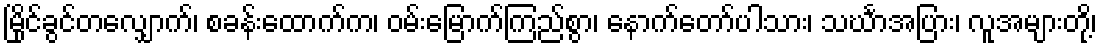
မြိုင်ခွင်တလျှောက်၊ စခန်းထောက်က၊ ဝမ်းမြောက်ကြည်စွာ၊ နောက်တော်ပါသား၊ သင်္ဃာအပြား၊ လူအများတို့၊